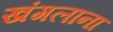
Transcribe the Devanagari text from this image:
खंगलाना